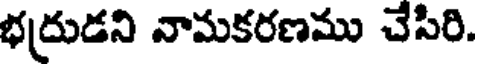
భద్రుడని నామకరణము చేసిరి.